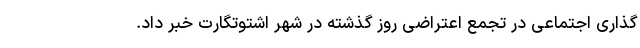
گذاری اجتماعی در تجمع اعتراضی روز گذشته در شهر اشتوتگارت خبر داد.